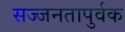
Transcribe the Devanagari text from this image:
सज्जनतापुर्वक